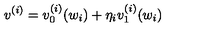
v ^ { ( i ) } = v _ { 0 } ^ { ( i ) } ( w _ { i } ) + \eta _ { i } v _ { 1 } ^ { ( i ) } ( w _ { i } )